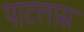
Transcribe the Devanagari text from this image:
पाटलास